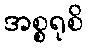
အစ္စရုစိ